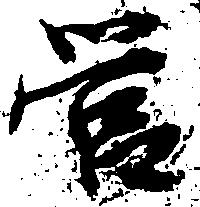
営